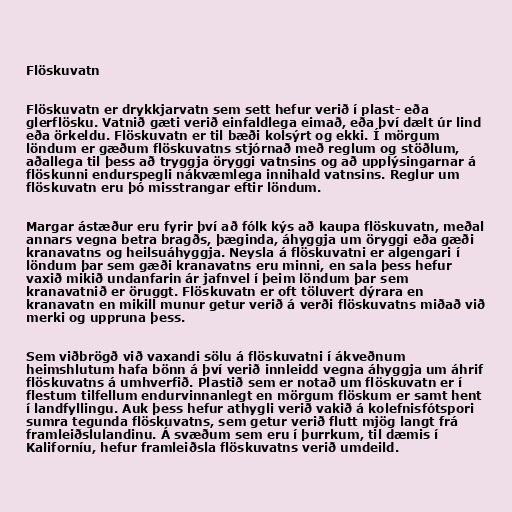
Flöskuvatn

Flöskuvatn er drykkjarvatn sem sett hefur verið í plast- eða
glerflösku. Vatnið gæti verið einfaldlega eimað, eða því dælt úr lind
eða örkeldu. Flöskuvatn er til bæði kolsýrt og ekki. Í mörgum
löndum er gæðum flöskuvatns stjórnað með reglum og stöðlum,
aðallega til þess að tryggja öryggi vatnsins og að upplýsingarnar á
flöskunni endurspegli nákvæmlega innihald vatnsins. Reglur um
flöskuvatn eru þó misstrangar eftir löndum.

Margar ástæður eru fyrir því að fólk kýs að kaupa flöskuvatn, meðal
annars vegna betra bragðs, þæginda, áhyggja um öryggi eða gæði
kranavatns og heilsuáhyggja. Neysla á flöskuvatni er algengari í
löndum þar sem gæði kranavatns eru minni, en sala þess hefur
vaxið mikið undanfarin ár jafnvel í þeim löndum þar sem
kranavatnið er öruggt. Flöskuvatn er oft töluvert dýrara en
kranavatn en mikill munur getur verið á verði flöskuvatns miðað við
merki og uppruna þess.

Sem viðbrögð við vaxandi sölu á flöskuvatni í ákveðnum
heimshlutum hafa bönn á því verið innleidd vegna áhyggja um áhrif
flöskuvatns á umhverfið. Plastið sem er notað um flöskuvatn er í
flestum tilfellum endurvinnanlegt en mörgum flöskum er samt hent
í landfyllingu. Auk þess hefur athygli verið vakið á kolefnisfótspori
sumra tegunda flöskuvatns, sem getur verið flutt mjög langt frá
framleiðslulandinu. Á svæðum sem eru í þurrkum, til dæmis í
Kaliforníu, hefur framleiðsla flöskuvatns verið umdeild.